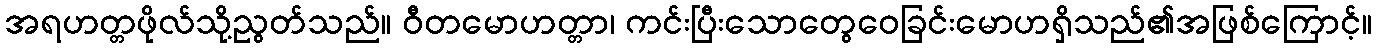
အရဟတ္တဖိုလ်သို့ညွတ်သည်။ ဝီတမောဟတ္တာ၊ ကင်းပြီးသောတွေဝေခြင်းမောဟရှိသည်၏အဖြစ်ကြောင့်။